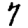
Digit: 7